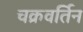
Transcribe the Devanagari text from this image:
चक्रवर्तिन